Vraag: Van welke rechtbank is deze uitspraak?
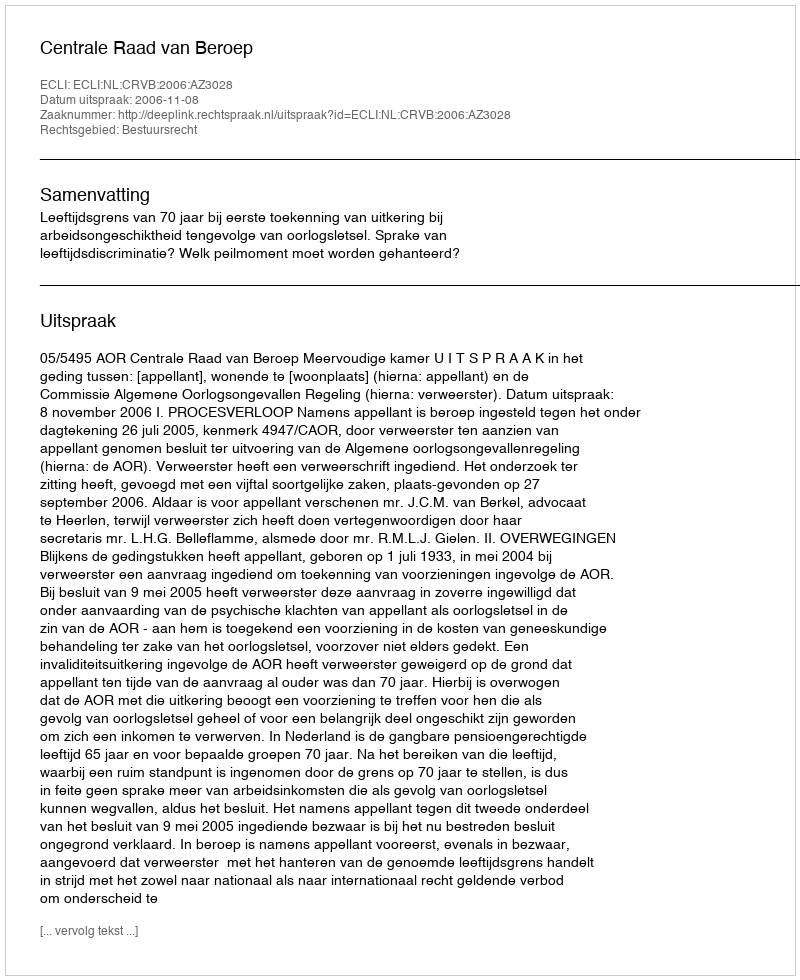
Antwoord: Centrale Raad van Beroep